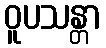
ဝူပသန္တာ